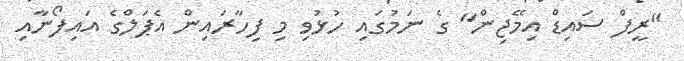
"ރީފް ސައިޑް އިމޭޖިން" ގެ ނަމުގައި ހުޅުވި މި ފިހާރައިން އެޕަލްގެ އައިފޯނާއި